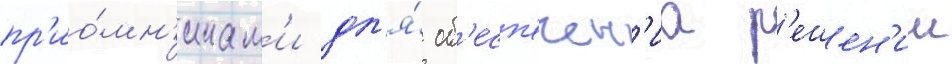
пр'ио́мн'икам'и дл'я́ об'есп'ечен'иа р'ешен'ии